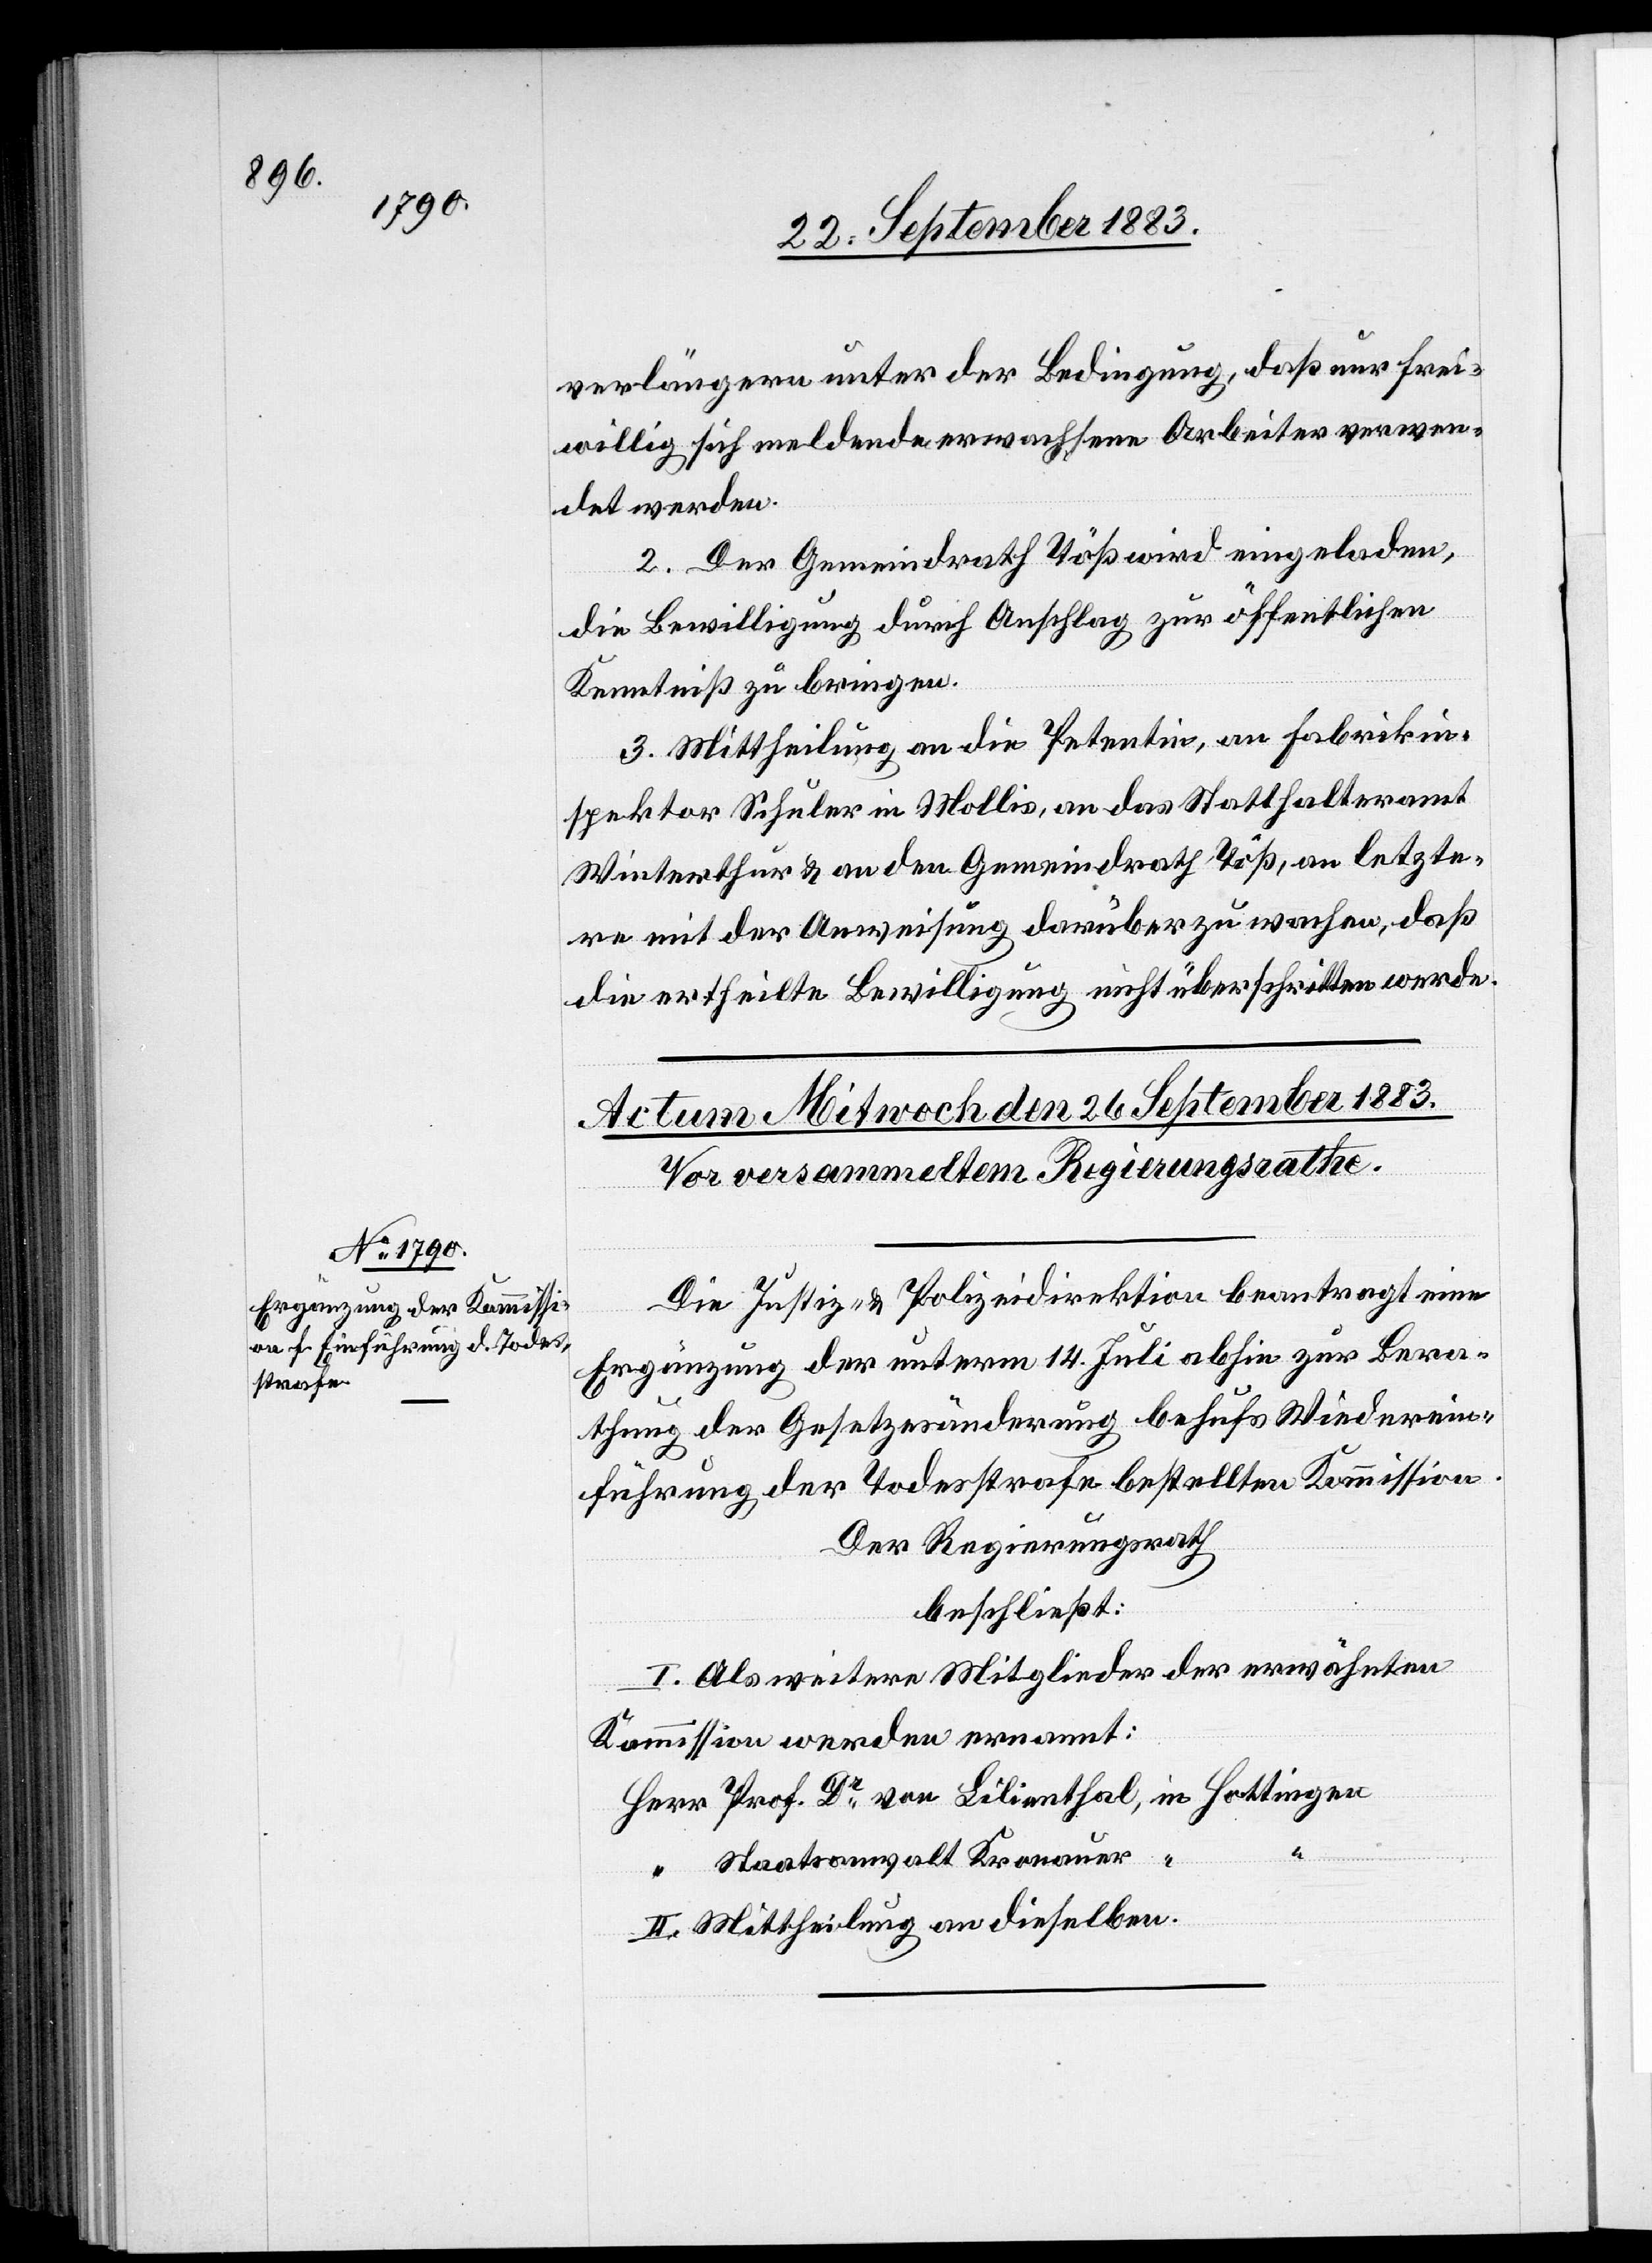
verlängern, unter der Bedingung, daß nur frei¬
willig sich meldende erwachsene Arbeiter verwen¬
det werden.
2. Der Gemeindrath Töß wird eingeladen,
die Bewilligung durch Anschlag zur öffentlichen
Kenntniß zu bringen.
3. Mittheilung an die Petentin, an Fabrikin¬
spektor Schuler in Mollis, an das Statthalteramt
Winterthur & an den Gemeindrath Töß, an letzte¬
re mit der Anweisung, darüber zu wachen, daß
die ertheilte Bewilligung nicht überschritten werde.
Die Justiz- & Polizeidirektion beantragt eine
Ergänzung der unterm 14. Juli abhin zur Bera¬
thung der Gesetzänderung behufs Wiederein¬
führung der Todesstrafe bestellten Kommission.
Der Regierungsrath
beschließt:
I. Als weitere Mitglieder der erwähnten
in
Kommission werden ernannt:
Staatsanwalt Kronauer
II. Mittheilung an dieselben.